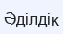
Әділдік